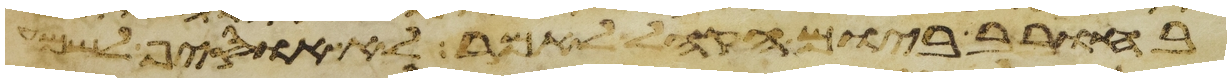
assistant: בחורב ביום הקהל לאמר לא אוסיף לשמע